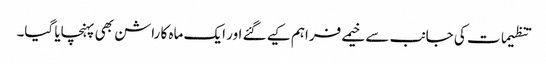
تنظیمات کی جانب سے خیمے فراہم کیے گئے اور ایک ماہ کا راشن بھی پہنچایا گیا۔